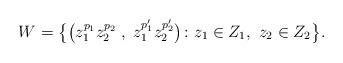
LaTeX: \begin{align*}W=\bigl\{ \bigl(z_1^{p_1}z_2^{p_2}\;,\; z_1^{p'_1}z_2^{p'_2}\bigr)\colon z_1\in Z_1,\ z_2\in Z_2\bigr\}.\end{align*}